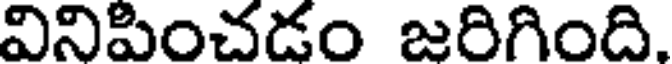
వినిపించడం జరిగింది.